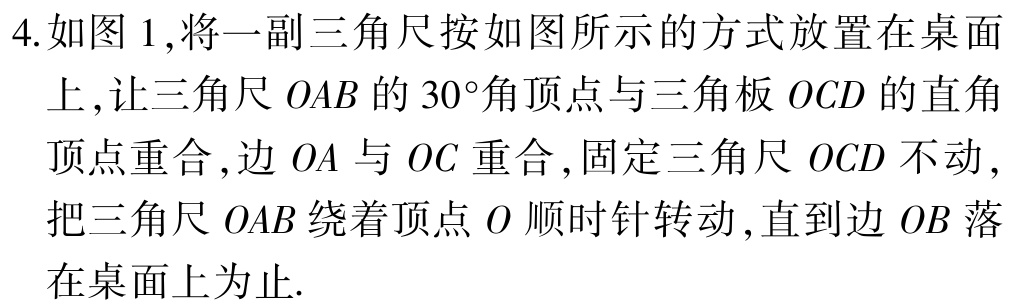
4.如图1,将一副三角尺按如图所示的方式放置在桌面上,让三角尺\(OAB\)的\(30^{\circ}\)角顶点与三角板\(OCD\)的直角顶点重合,边\(OA\)与\(OC\)重合,固定三角尺\(OCD\)不动,把三角尺\(OAB\)绕着顶点\(O\)顺时针转动,直到边\(OB\)落在桌面上为止.